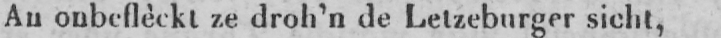
An onbeflèckt ze droh’n de Letzeburger sicht,